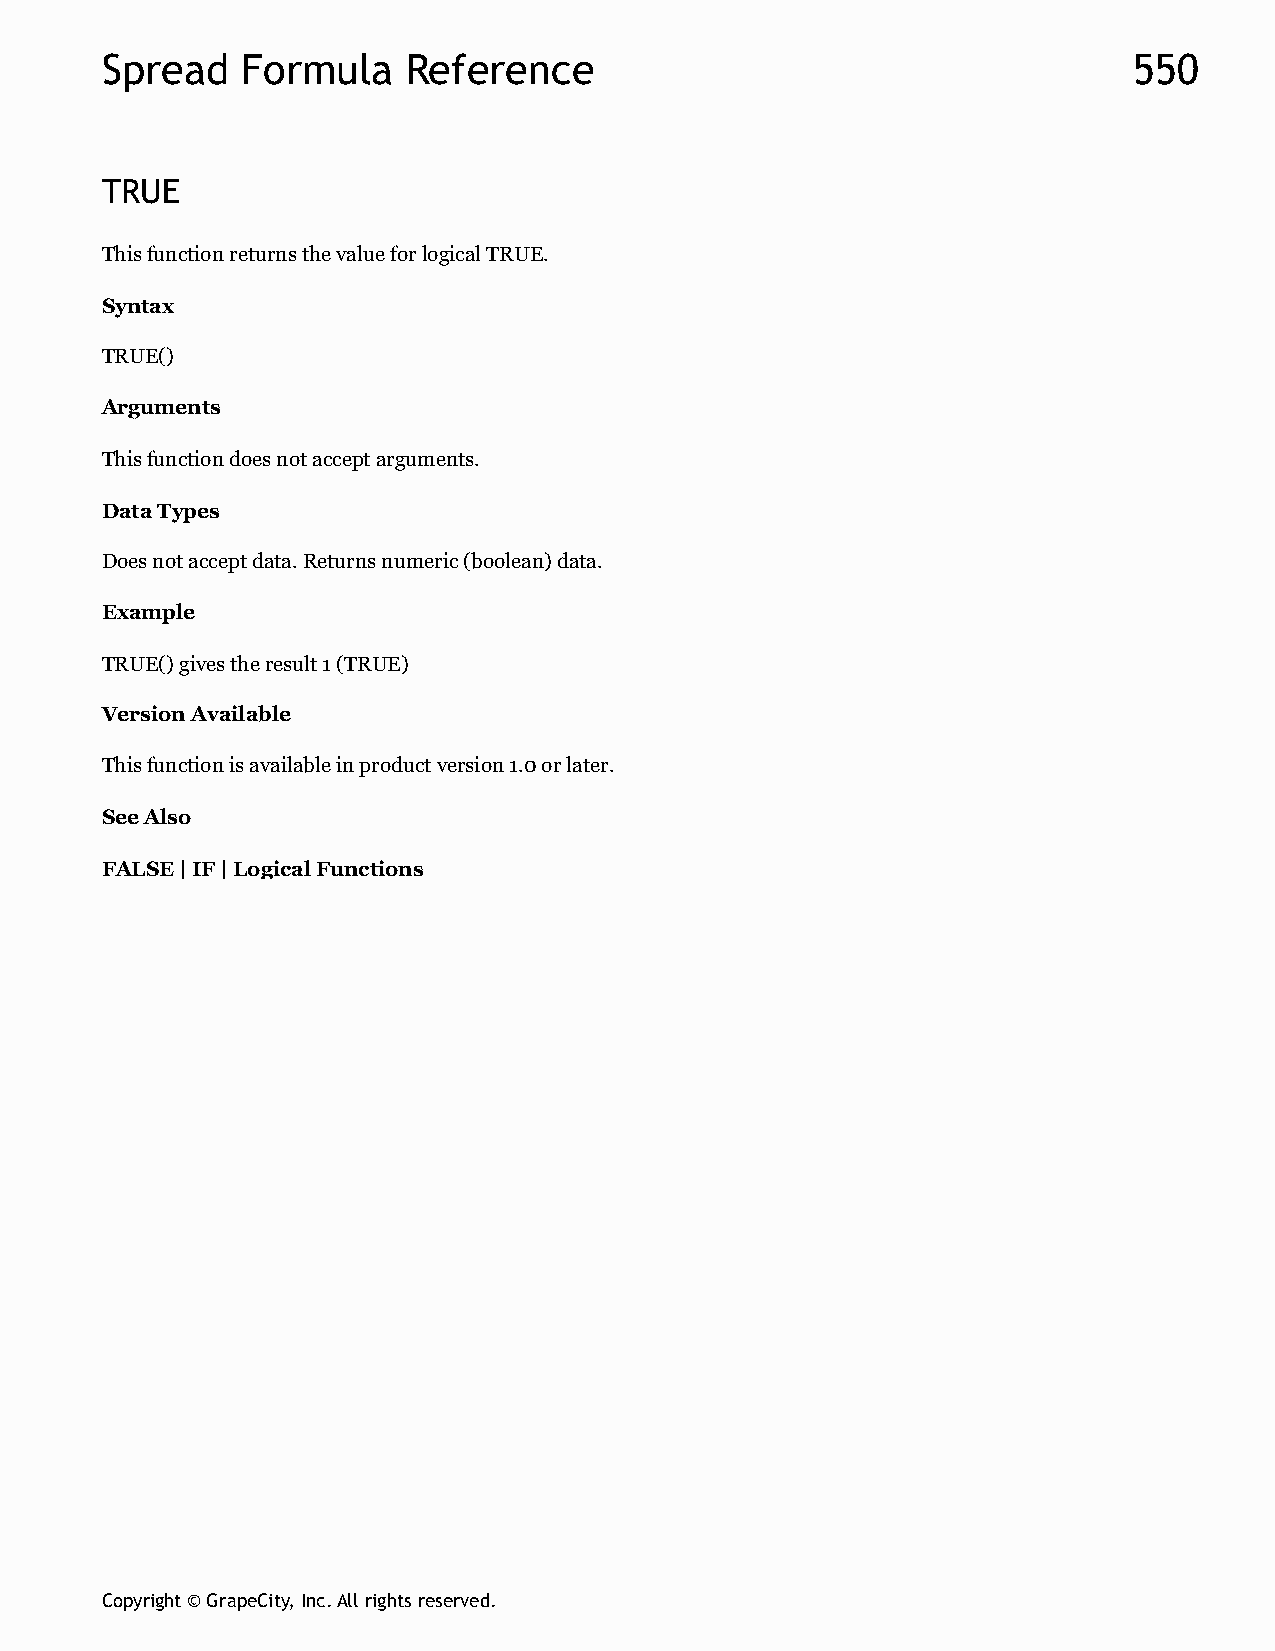
Spread   Formula    Reference                                       550
 TRUE
 This function returns the value for logical TRUE.
 Syntax
 TRUE()
 Arguments
 This function does not accept arguments.
 Data Types
 Does not accept data. Returns numeric (boolean) data.
 Example
 TRUE() gives the result 1 (TRUE)
 Version Available
 This function is available in product version 1.0 or later.
 See Also
 FALSE | IF | Logical Functions
 Copyright © GrapeCity, Inc. All rights reserved.